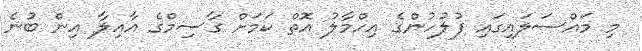
މި މައްސަލައިގައި ފުލުހުންގެ އިހްމާލު އޮތް ކަމަށް ގާސިމްގެ އާއިލާ އިން ބުނެ